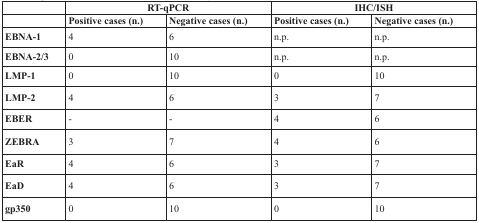
<table><thead><tr><td></td><td colspan="2"><b>RT-qPCR</b></td><td colspan="2"><b>IHC/ISH</b></td></tr><tr><td></td><td><b>Positive cases (n.)</b></td><td><b>Negative cases (n.)</b></td><td><b>Positive cases (n.)</b></td><td><b>Negative cases (n.)</b></td></tr></thead><tbody><tr><td><b>EBNA-1</b></td><td>4</td><td>6</td><td>n.p.</td><td>n.p.</td></tr><tr><td><b>EBNA-2/3</b></td><td>0</td><td>10</td><td>n.p.</td><td>n.p.</td></tr><tr><td><b>LMP-1</b></td><td>0</td><td>10</td><td>0</td><td>10</td></tr><tr><td><b>LMP-2</b></td><td>4</td><td>6</td><td>3</td><td>7</td></tr><tr><td><b>EBER</b></td><td>-</td><td>-</td><td>4</td><td>6</td></tr><tr><td><b>ZEBRA</b></td><td>3</td><td>7</td><td>4</td><td>6</td></tr><tr><td><b>EaR</b></td><td>4</td><td>6</td><td>3</td><td>7</td></tr><tr><td><b>EaD</b></td><td>4</td><td>6</td><td>3</td><td>7</td></tr><tr><td><b>gp350</b></td><td>0</td><td>10</td><td>0</td><td>10</td></tr></tbody></table>